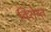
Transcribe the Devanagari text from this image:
विशेष्त